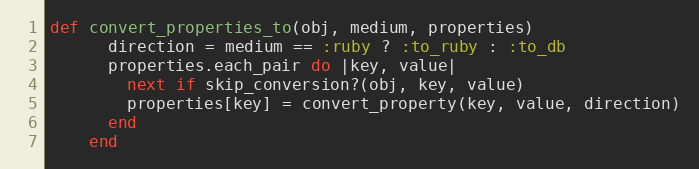
Language: Ruby
def convert_properties_to(obj, medium, properties)
      direction = medium == :ruby ? :to_ruby : :to_db
      properties.each_pair do |key, value|
        next if skip_conversion?(obj, key, value)
        properties[key] = convert_property(key, value, direction)
      end
    end